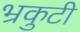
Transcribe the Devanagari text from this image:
भ्रकुटी